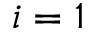
i = 1